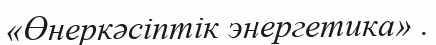
«Өнеркәсіптік энергетика» .